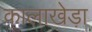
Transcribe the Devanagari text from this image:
कालाखेड़ा